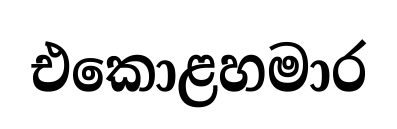
එකොළහමාර